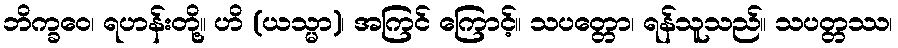
ဘိက္ခဝေ၊ ရဟန်းတို့။ ဟိ (ယသ္မာ)၊ အကြင် ကြောင့်။ သပတ္တော၊ ရန်သူသည်။ သပတ္တဿ၊